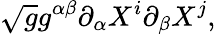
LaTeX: \sqrt{g}g^{\alpha\beta}\partial_{\alpha}X^{i}\partial_{\beta}X^{j},